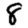
Digit: 8